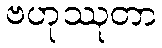
ဗဟုဿုတာ